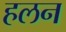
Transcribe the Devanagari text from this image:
हलन